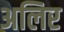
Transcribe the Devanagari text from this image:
अलिर